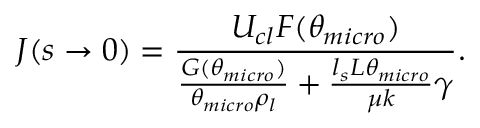
J ( s \to 0 ) = \frac { U _ { c l } F ( \theta _ { m i c r o } ) } { \frac { G ( \theta _ { m i c r o } ) } { \theta _ { m i c r o } \rho _ { l } } + \frac { l _ { s } { \cal L } \theta _ { m i c r o } } { \mu k } \gamma } .